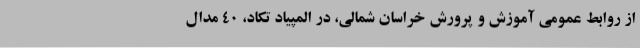
از روابط عمومی آموزش و پرورش خراسان شمالی، در المپیاد تکاد، 40 مدال